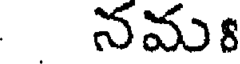
నమ